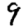
Digit: 9